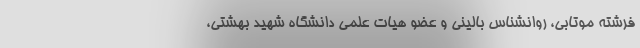
فرشته موتابی، روانشناس بالینی و عضو هیات علمی دانشگاه شهید بهشتی،